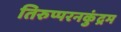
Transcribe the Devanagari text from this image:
तिरुप्परनकुंद्रम